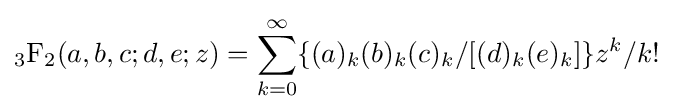
{_{3}{\text{F}}_{2}}(a,b,c;d,e;z)=\sum _{k=0}^{\infty }\{(a)_{k}(b)_{k}(c)_{k}/[(d)_{k}(e)_{k}]\}z^{k}/k!